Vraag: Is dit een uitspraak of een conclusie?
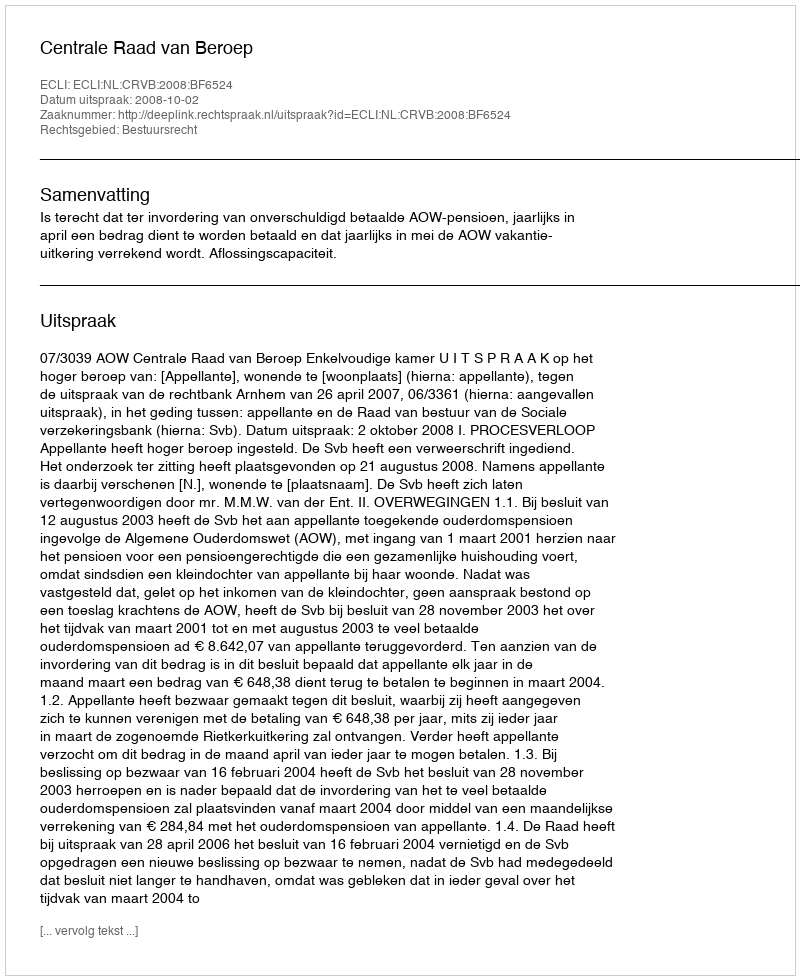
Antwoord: Uitspraak